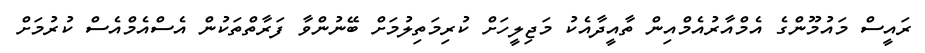
ރައީސް މައުމޫންގެ އެމްއާރުއެމްއިން ތާއީދާއެކު މަޖިލީހަށް ކުރިމަތިލުމަށް ބޭނުންވާ ފަރާތްތަކުން އެސްއެމްއެސް ކުރުމަށް